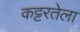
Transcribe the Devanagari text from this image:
कट्टरतेला